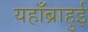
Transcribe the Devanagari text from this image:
यहाँब्राहुई